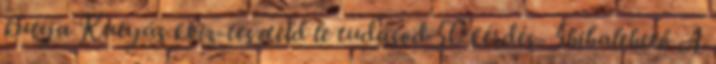
kutya Kutyás kviz-teszteld le tudásod 50 kérdés- 5hibalehető A